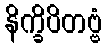
နိက္ခိပိတဗ္ဗံ